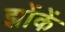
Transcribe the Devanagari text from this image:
झोंकें